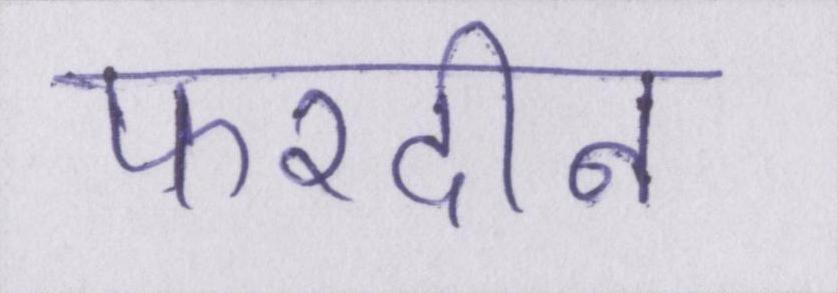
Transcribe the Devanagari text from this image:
फरदीन